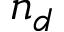
n _ { d }